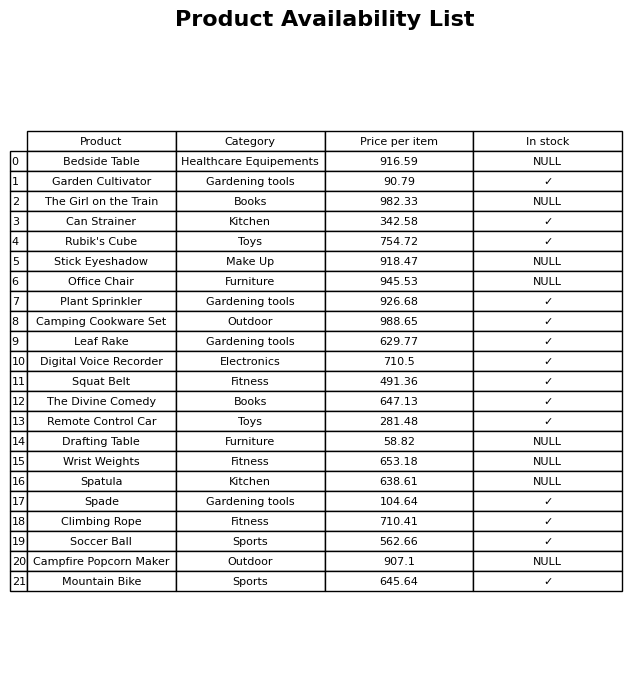
question: What is the price for Spade?
answer: The price of Spade is 104.64.